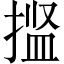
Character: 𫽝